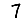
Digit: 7